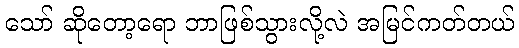
သော် ဆိုတော့ရော ဘာဖြစ်သွားလို့လဲ အမြင်ကတ်တယ်